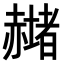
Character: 𧹻